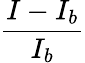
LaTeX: \frac{I-I_{b}}{I_{b}}